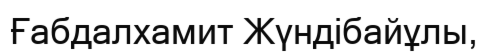
Ғабдалхамит Жүндібайұлы,